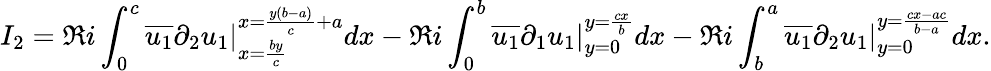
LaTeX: I_{2}=\Re i\int_{0}^{c}\overline{{u_{1}}}\partial_{2}u_{1}|_{x=\frac{by}{c}}^{x=\frac{y(b-a)}{c}+a}dx-\Re i\int_{0}^{b}\overline{{u_{1}}}\partial_{1}u_{1}|_{y=0}^{y=\frac{cx}{b}}dx-\Re i\int_{b}^{a}\overline{{u_{1}}}\partial_{2}u_{1}|_{y=0}^{y=\frac{cx-ac}{b-a}}dx.